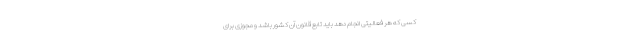
کسی که هر فعالیتی انجام دهد باید تابع قانون آن کشور باشد و مجوزی برای